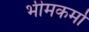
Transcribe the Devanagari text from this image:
भीमकर्मा